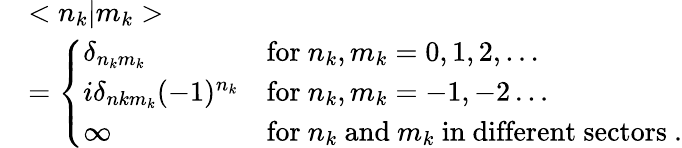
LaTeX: \begin{array}{ll}{{}}&{{<n_{k}|m_{k}>}}\\ {{}}&{{=\left\{ \begin{array}{ll}{{\delta_{n_{k}m_{k}}}}&{{\mathrm{for}\ n_{k},m_{k}=0,1,2,\ldots}}\\ {{i\delta_{nkm_{k}}(-1)^{n_{k}}}}&{{\mathrm{for}\ n_{k},m_{k}=-1,-2\ldots}}\\ {{\infty}}&{{\mathrm{for}\ n_{k}\ \mathrm{and}\ m_{k}\ \mathrm{in\ different\ sectors}\ .}}\end{array}\right.}}\end{array}